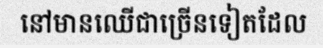
នៅមានឈើជាច្រើនទៀតដែល